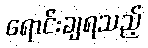
ရောင်းချရသည့်